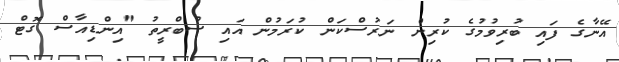
އޭނާގެ ފައި ބުރިވުމުގެ ކުރިން ނަރުސްކަން ކުރަމުން އައި ސުބްރީތު "އިންޑިއާސް ގޮޓް